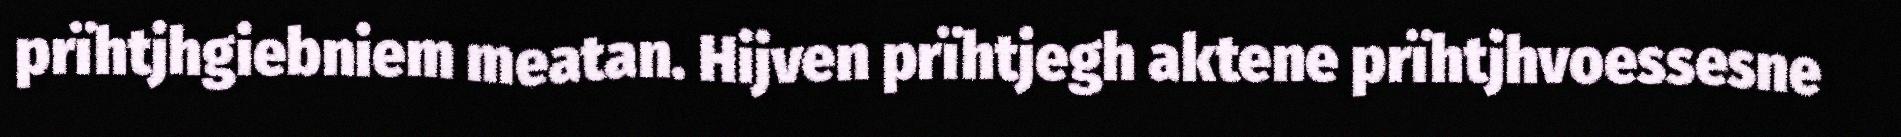
prïhtjhgiebniem meatan. Hijven prïhtjegh aktene prïhtjhvoessesne